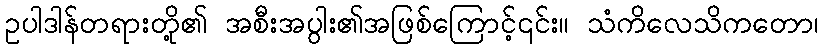
ဥပါဒါန်တရားတို့၏ အစီးအပွါး၏အဖြစ်ကြောင့်၎င်း။ သံကိလေသိကတော၊